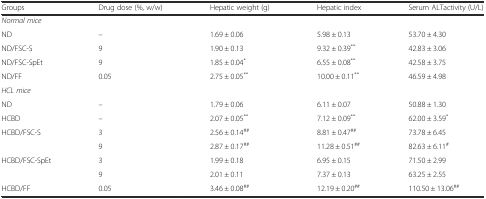
| Groups | Drug dose (%, w/w) | Hepatic weight (g) | Hepatic index | Serum ALTactivity (U/L) |
 | --- | --- | --- | --- | --- |
 | Normal mice |  |  |  |  |
 | ND | – | 1.69 ± 0.06 | 5.98 ± 0.13 | 53.70 ± 4.30 |
 | ND/FSC-S | 9 | 1.90 ± 0.13 | 9.32 ± 0.39** | 42.83 ± 3.06 |
 | ND/FSC-SpEt | 9 | 1.85 ± 0.04* | 6.55 ± 0.08** | 42.58 ± 3.75 |
 | ND/FF | 0.05 | 2.75 ± 0.05** | 10.00 ± 0.11** | 46.59 ± 4.98 |
 | HCL mice |  |  |  |  |
 | ND | – | 1.79 ± 0.06 | 6.11 ± 0.07 | 50.88 ± 1.30 |
 | HCBD | – | 2.07 ± 0.05** | 7.12 ± 0.09** | 62.00 ± 3.59* |
 | HCBD/FSC-S | 3 | 2.56 ± 0.14## | 8.81 ± 0.47## | 73.78 ± 6.45 |
 |  | 9 | 2.87 ± 0.17## | 11.28 ± 0.51## | 82.63 ± 6.11# |
 | HCBD/FSC-SpEt | 3 | 1.99 ± 0.18 | 6.95 ± 0.15 | 71.50 ± 2.99 |
 |  | 9 | 2.01 ± 0.11 | 7.37 ± 0.13 | 63.25 ± 2.55 |
 | HCBD/FF | 0.05 | 3.46 ± 0.08## | 12.19 ± 0.20## | 110.50 ± 13.06## |